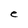
Character: e